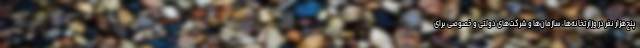
پنج‌هزار نفر در وزارتخانه‌ها، سازمان‌ها و شرکت‌های دولتی و خصوصی برای